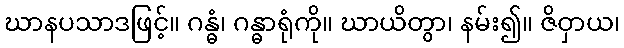
ဃာနပသာဒဖြင့်။ ဂန္ဓံ၊ ဂန္ဓာရုံကို။ ဃာယိတွာ၊ နမ်း၍။ ဇိဝှာယ၊